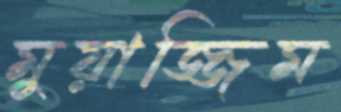
মুয়াজ্জিম